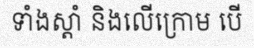
ទាំងស្តាំ និងលើក្រោម បើ